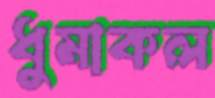
ধুমাকল